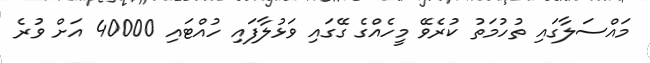
މައްސަލާގައި ތުހުމަތު ކުރެވޭ މީހެއްގެ ގޭގައި ވަޅުލާފައި ހުއްޓައި 40000 އަށް ވުރެ